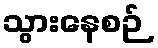
သွားနေစဉ်